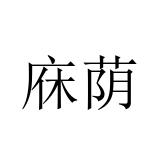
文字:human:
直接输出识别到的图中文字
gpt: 庥荫